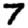
Digit: 7